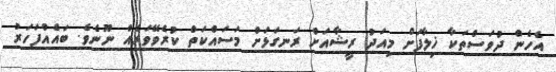
އެހެން ދުވަސްތަކާ ޚިލާފަށް މިއަދު ރީޝާއަށް ރަނގަޅަށް މަސައްކަތްް ކުރެވޭވަރެއް ނޫނެވެ. ބައެއްފަހަރު